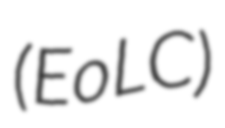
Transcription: (EoLC)